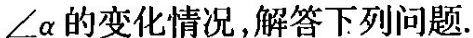
\angle \alpha 的变化情况，解答下列问题。